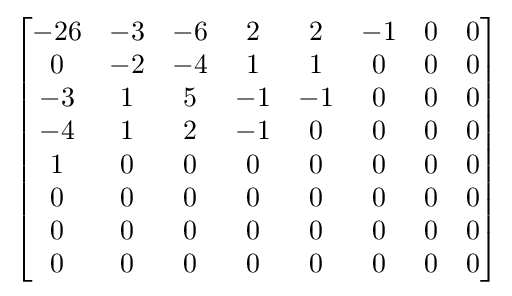
{\begin{bmatrix}-26&-3&-6&2&2&-1&0&0\\0&-2&-4&1&1&0&0&0\\-3&1&5&-1&-1&0&0&0\\-4&1&2&-1&0&0&0&0\\1&0&0&0&0&0&0&0\\0&0&0&0&0&0&0&0\\0&0&0&0&0&0&0&0\\0&0&0&0&0&0&0&0\end{bmatrix}}